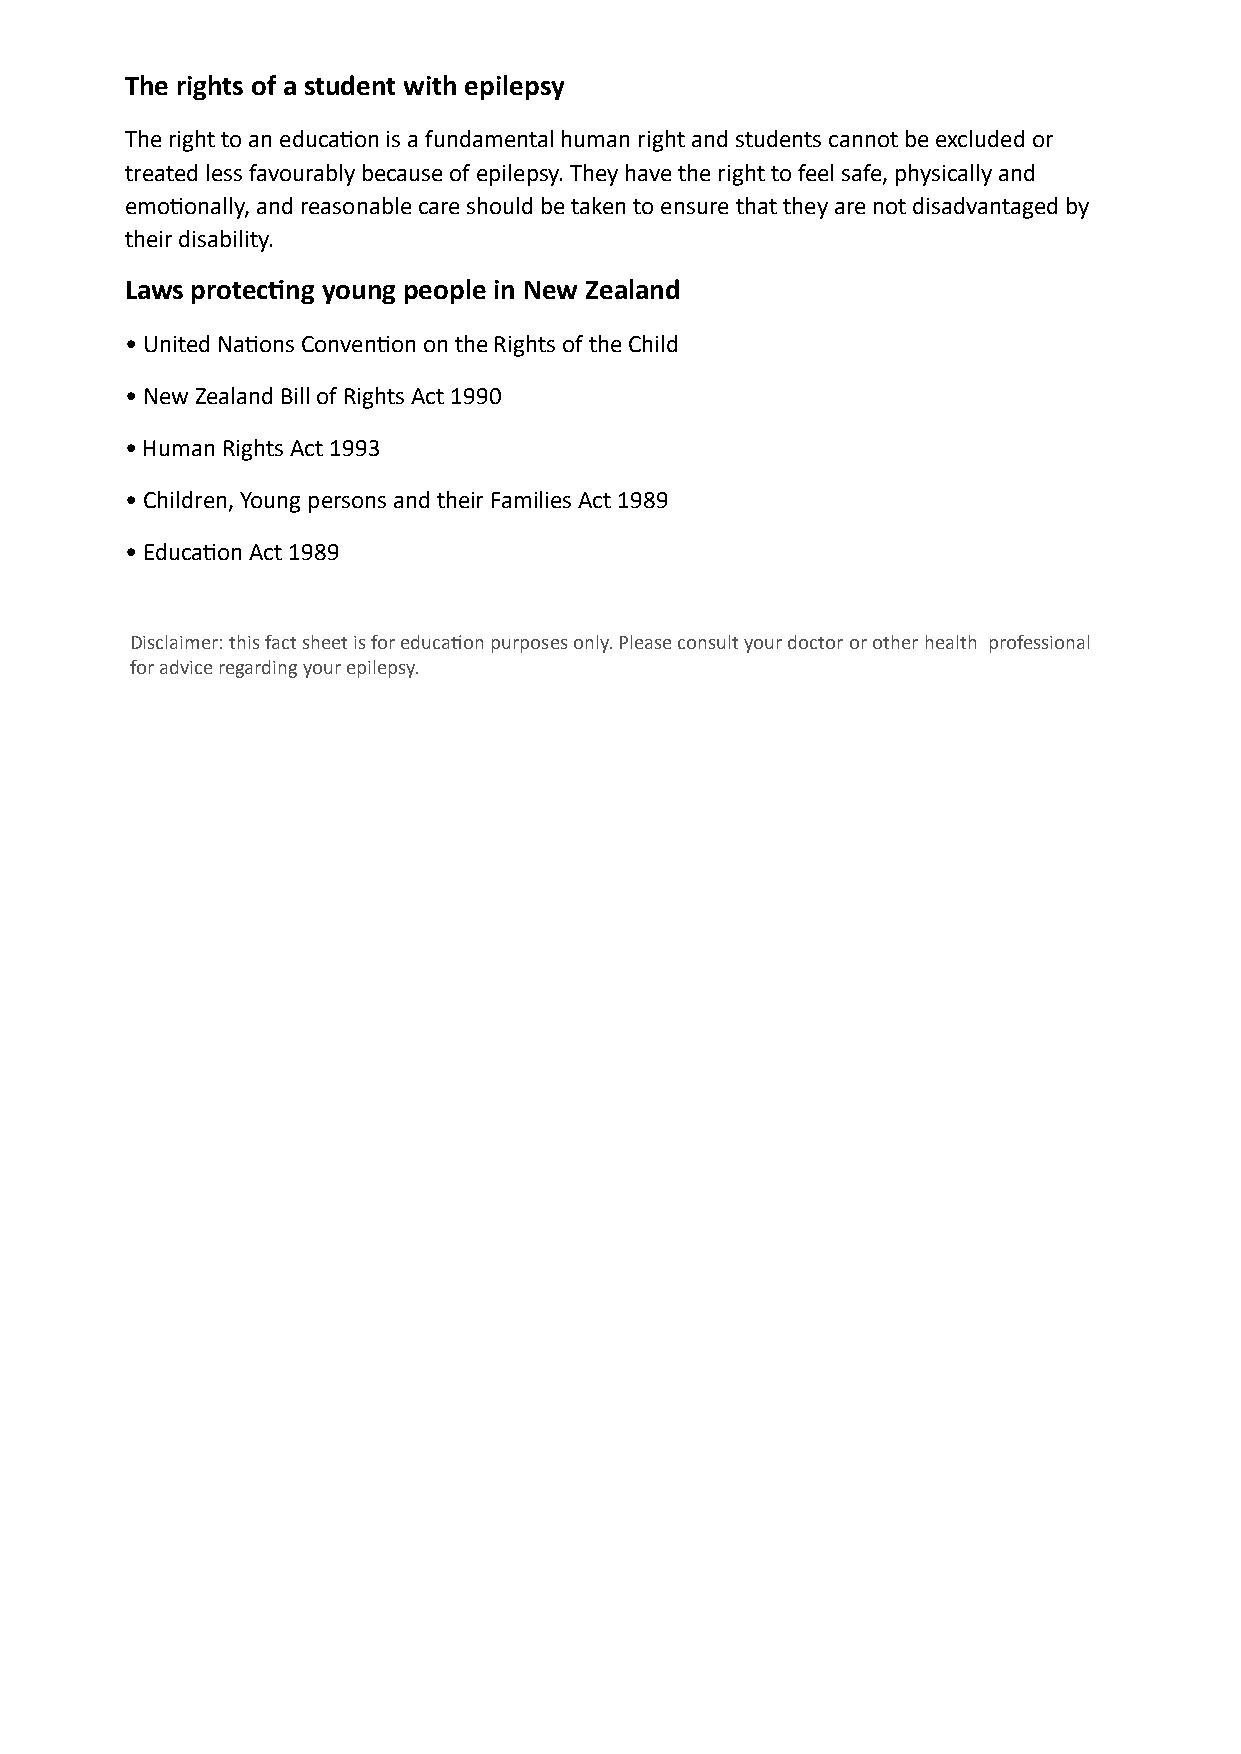
The rights of a student with epilepsy
 The right to an education is a fundamental human right and students cannot be excluded or
 treated less favourably because of epilepsy. They have the right to feel safe, physically and
 emotionally, and reasonable care should be taken to ensure that they are not disadvantaged by
 their disability.
 Laws protecting young people in New Zealand
 • United Nations Convention on the Rights of the Child
 • New Zealand Bill of Rights Act 1990
 • Human Rights Act 1993
 • Children, Young persons and their Families Act 1989
 • Education Act 1989
 Disclaimer: this fact sheet is for educati on purposes only. Please consult your doctor or other health professional
 for advice regarding your epilepsy.